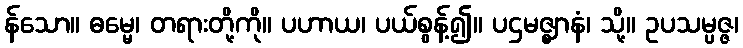
န်သော။ ဓမ္မေ၊ တရားတို့ကို။ ပဟာယ၊ ပယ်စွန့်၍။ ပဌမဇ္ဈာနံ၊ သို့။ ဥပသမ္ပဇ္ဇ၊